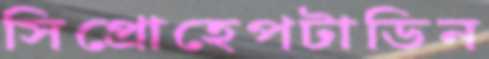
সিপ্রোহেপটাডিন